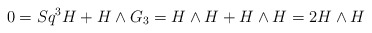
\begin{align*}0=Sq^3 H+H\wedge G_3=H\wedge H+H\wedge H=2 H\wedge H\end{align*}